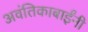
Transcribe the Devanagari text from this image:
अवंतिकाबाईंनी